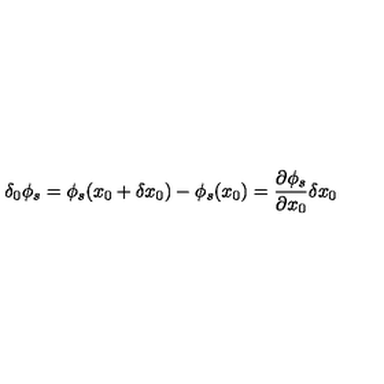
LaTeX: \delta _ { 0 } \phi _ { s } = \phi _ { s } ( x _ { 0 } + \delta x _ { 0 } ) - \phi _ { s } ( x _ { 0 } ) = \frac { \partial \phi _ { s } } { \partial x _ { 0 } } \delta x _ { 0 }